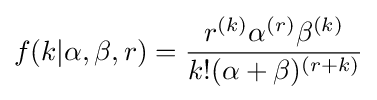
f(k|\alpha ,\beta ,r)={\frac {r^{(k)}\alpha ^{(r)}\beta ^{(k)}}{k!(\alpha +\beta )^{(r+k)}}}